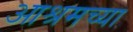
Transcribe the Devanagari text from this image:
आश्रमच्या